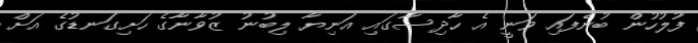
ފުލުހުން ބުނެފައި ވަނީ އެ ހާދިސާގައި އަނިޔާ ލިބުނު ޒުވާނާގެ ހަށިގަނޑުގެ އަށް